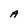
Character: A